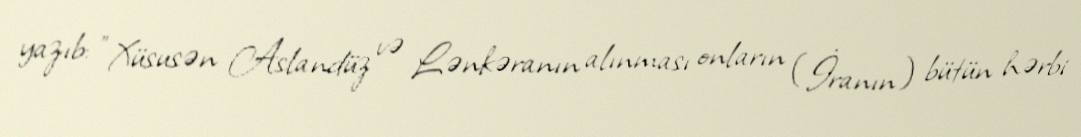
yazıb: "Xüsusən Aslandüz və Lənkəranın alınması onların (İranın) bütün hərbi